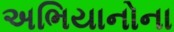
અભિયાનોના